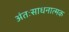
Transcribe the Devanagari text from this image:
अंतःसाधनात्मक